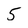
Character: 5